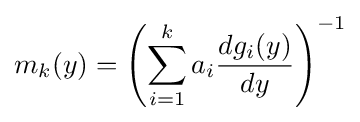
m_{k}(y)=\left(\sum _{i=1}^{k}a_{i}{{dg_{i}(y)} \over {dy}}\right)^{-1}